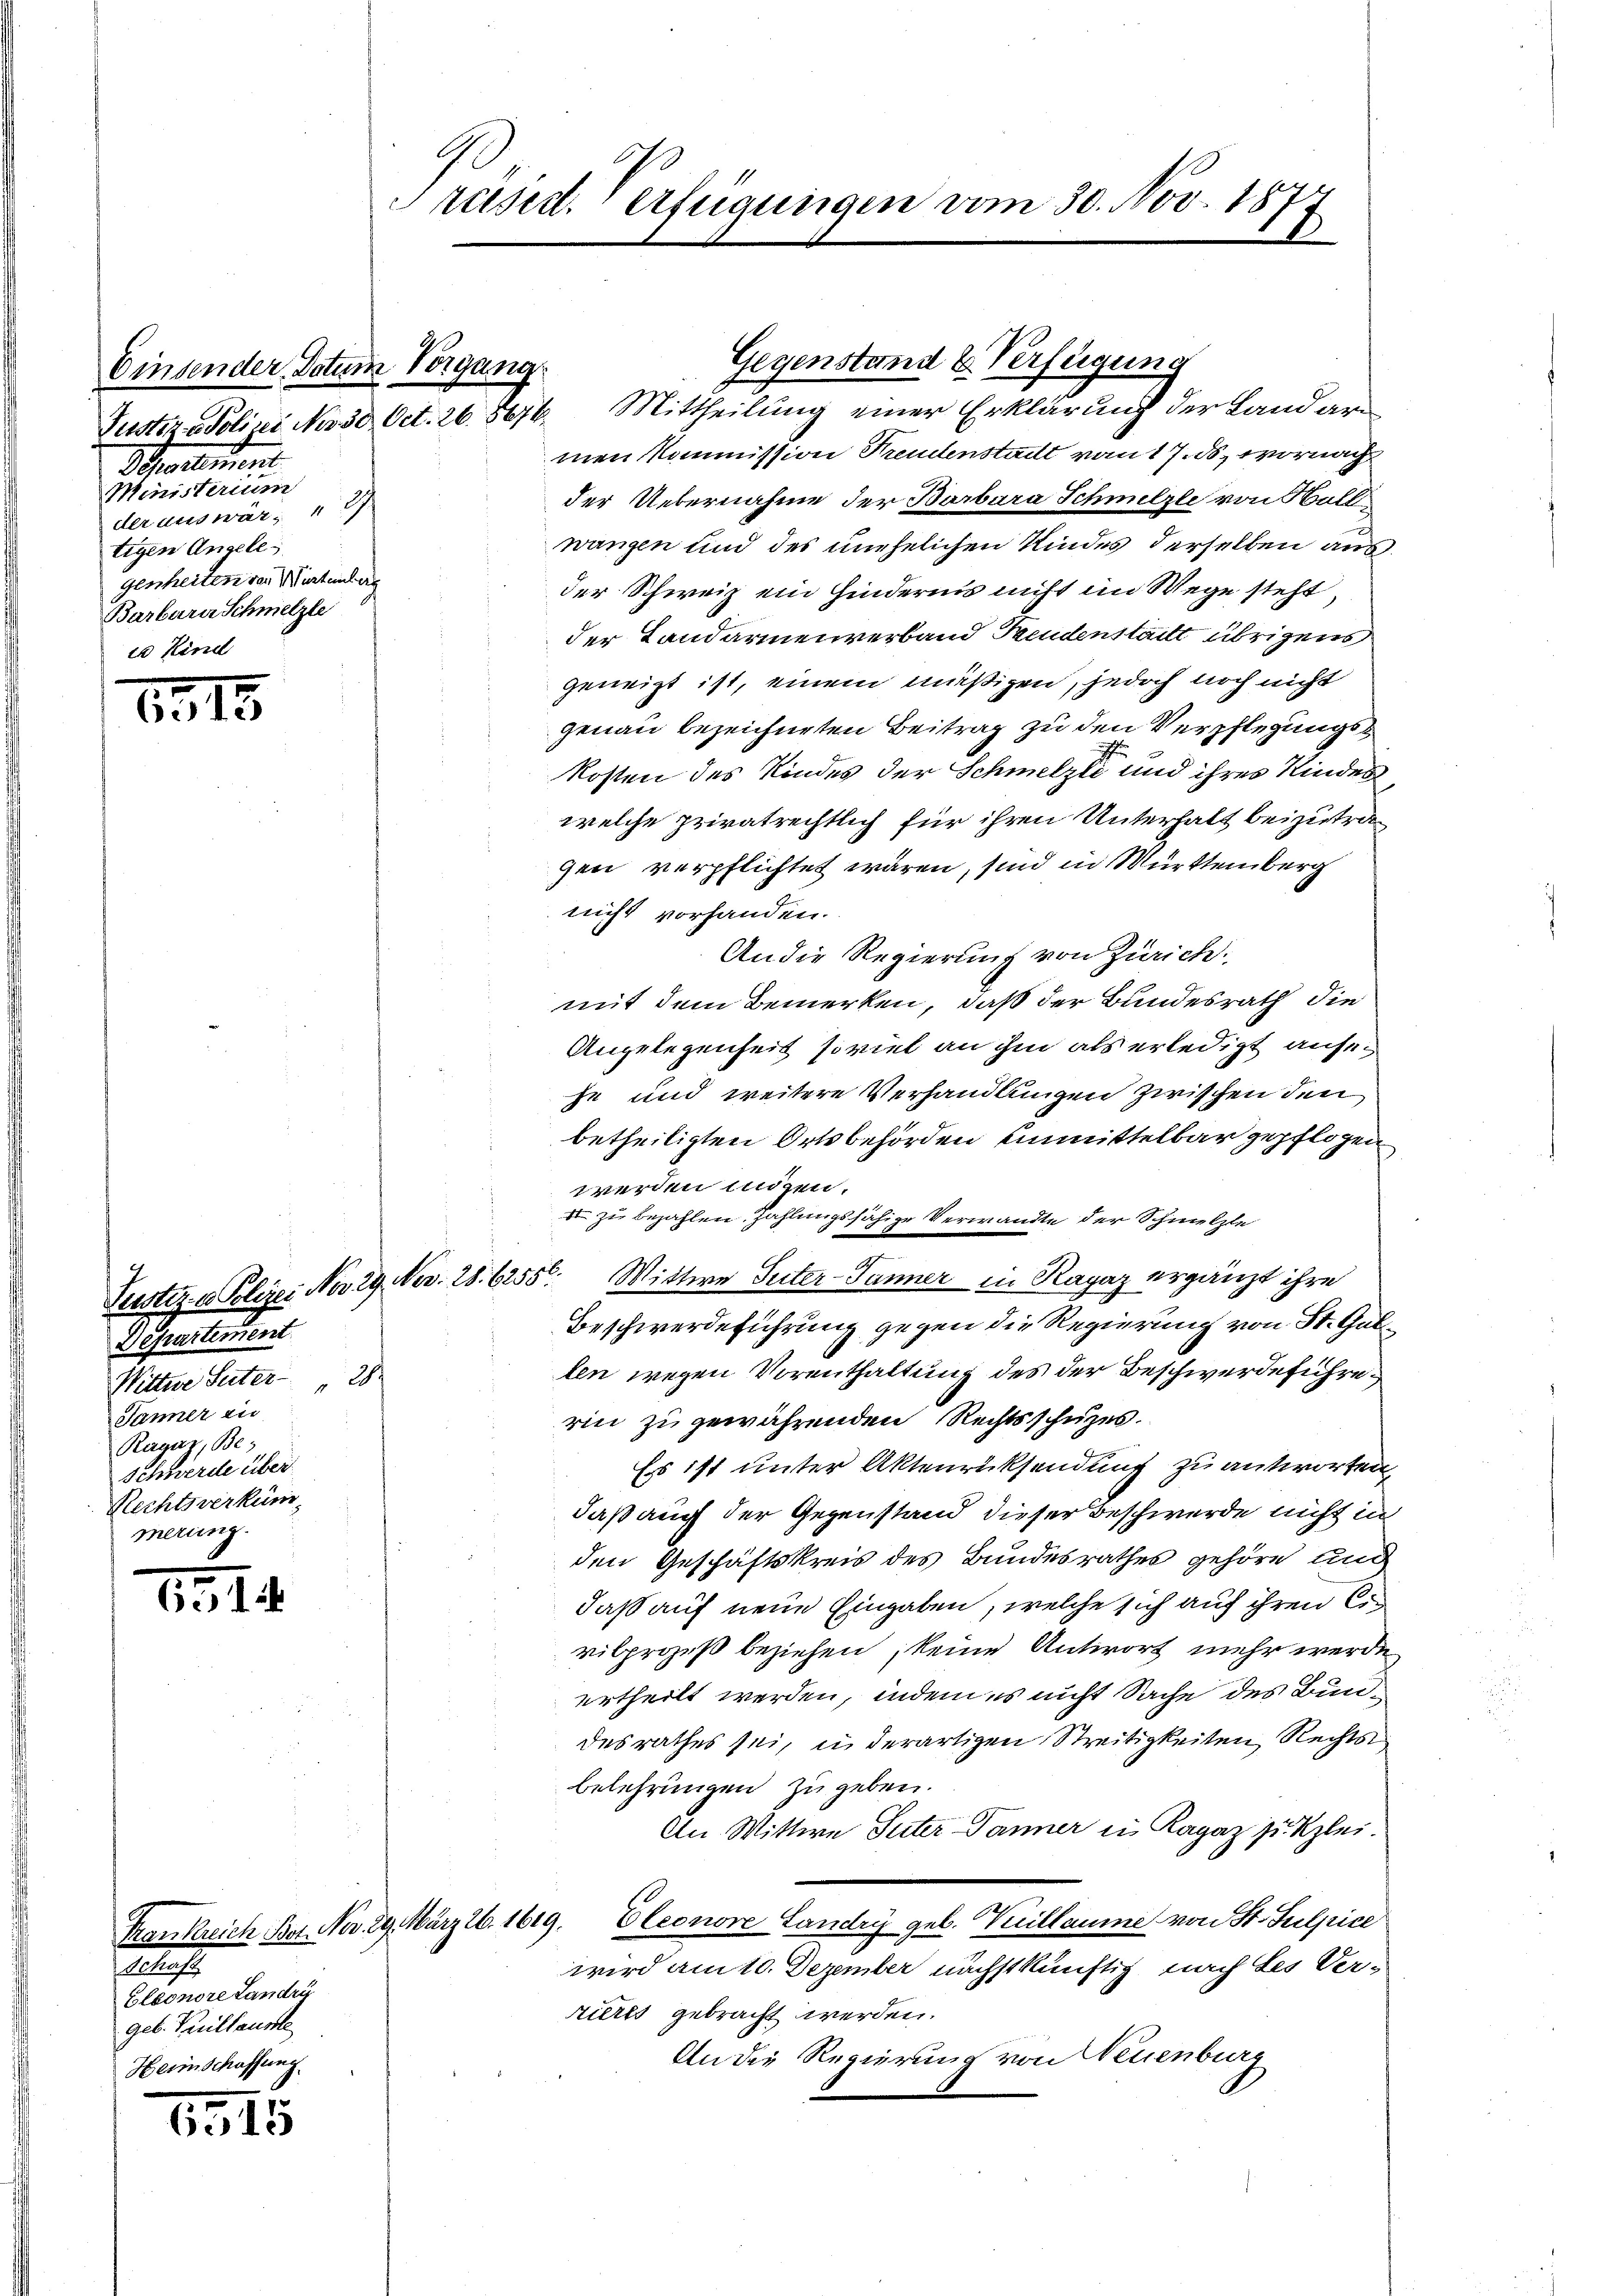
Einsender Datum Vorgang
Salement
Ministerium
der aus wär, " 27.
tigen Angelegenheiten von Würtenberg
Barbara Schmelzle
t Kind

1315

1314

13,15

Justiz & Polizei No 29. Nov. 28. 62556.
Departement
Wittwe Suter 28.
Jäner ein
Ragaz, Be¬
Schwerde über
Rechtsverküm
merung.

2
Eleonore Landri
geb. Peillause
Herinschaffung.

Präsid. erfügungen vom 30. Nov. 18.
1

men kommission Freudenstadt von 17. ds. wornach
der Uebernahme der Barbara Schmilzle von Soll
wangen und des unehelichen Kindes derselben aus
der Schweiz ein Hindernis nicht im Wege steht,
der Landarmenverband Freudenstatt übrigens
geneigt ist, einem müßigen, jedoch noch nicht
genau bezeichneten Beitrag zu den Verpflegungskosten des Kindes der Schmelze und ihres Kinder
welche privatrechtlich für ihren Unterhalt beizutragen verpflichtet wären, sind in Württemberg
nicht vorhanden.
An die Regierung von Zürich.
mit dem Bemerken, daß der Bundesrath die
Angelegenheit soviel an ihm als erledigt anseje und weitere Verhandlungen zwischen den
betheiligten Ortsbehörden einmittelbar gepflogen
werden inden.
 zu bezahlen. Zahlungsfähige Verwandte der Schmelzle
Mittwe Suter- Jänner in Ragaz ergänzt ihre
Beschwerdeführung gegen die Regierung von St. Gut
len wegen Vorenthaltung des der Beschwerdeführe
rin zu gewährenden Rechtsschutzes.
Es ist unter Aktenrücksendung zu antworten
daß auch der Gegenstand dieser Beschwerde nicht in
den Geschäftskreis des Bundesrathes gehöre und
daß auf neue Eingaben, welche sich auf ihren Civilprozeß beziehen, keine Antwort mehr werde
urtheilt werden, indem es nicht Sache des Bundesrathes sei, in derartigen Streitigkeiten Rechts
belehrungen zugeben.
An Wittwe Suter Jänner in Ragaz Jukzlei.
Trankreich Bot. Nr. 29. März 26. 1619. Eleonore Landry geb. Vuillaume von St. Sulpice
wird am 10. Dezember nächstkünftig nach des Verrieres gebracht werden.
An die Regierung von Neuenburg

Gegenstand & Verfügung
Justiz & Polini No 30 Oct. 26. 8676. Mittheilung einer Erklärung der Landar¬